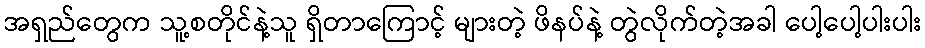
အရှည်တွေက သူ့စတိုင်နဲ့သူ ရှိတာကြောင့် များတဲ့ ဖိနပ်နဲ့ တွဲလိုက်တဲ့အခါ ပေါ့ပေါ့ပါးပါး